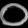
Digit: ၀